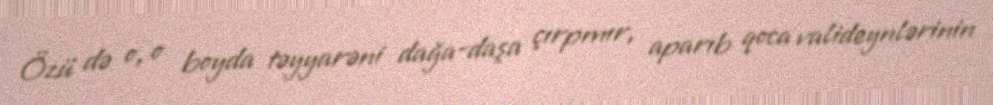
Özü də o, o boyda təyyarəni dağa-daşa çırpmır, aparıb qoca valideynlərinin